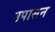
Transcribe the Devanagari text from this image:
उपासन